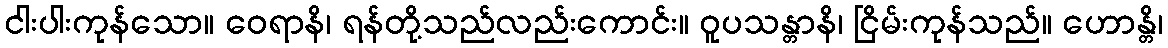
ငါးပါးကုန်သော။ ဝေရာနိ၊ ရန်တို့သည်လည်းကောင်း။ ဝူပသန္တာနိ၊ ငြိမ်းကုန်သည်။ ဟောန္တိ၊